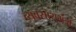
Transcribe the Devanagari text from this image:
व्यवसायमंत्री